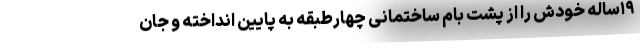
۱۹ساله خودش را از پشت بام ساختمانی چهارطبقه به پایین انداخته و جان